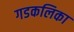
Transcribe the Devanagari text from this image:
गडकलिका